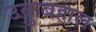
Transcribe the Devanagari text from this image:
उकुबहाल